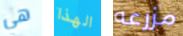
هي الهذا مزرعه